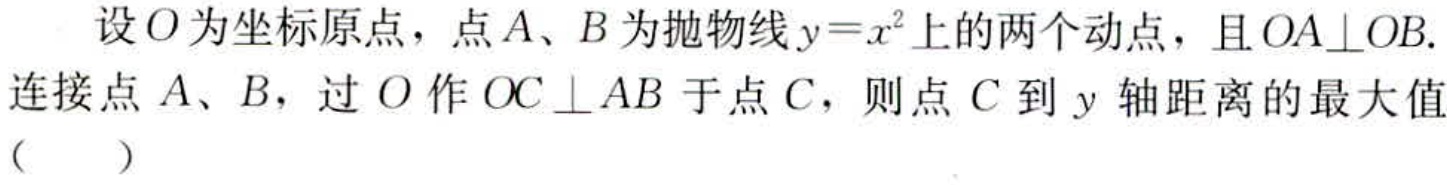
设\(O\)为坐标原点，点\(A\)、\(B\)为抛物线\(y = x^{2}\)上的两个动点，且\(OA\perp OB\). 连接点\(A\)、\(B\)，过\(O\)作\(OC\perp AB\)于点\(C\)，则点\(C\)到\(y\)轴距离的最大值（  ）